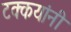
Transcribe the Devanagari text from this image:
टक्कयांनी